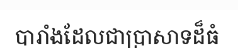
បារាំងដែលជាប្រាសាទដ៏ធំ